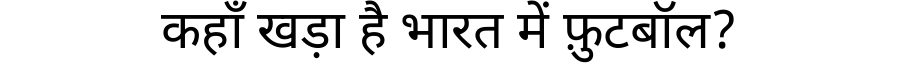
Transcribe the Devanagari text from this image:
कहाँ खड़ा है भारत में फ़ुटबॉल?